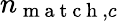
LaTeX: n_{\mathrm{~m~a~t~c~h~},c}